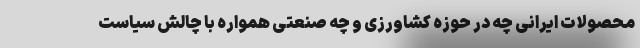
محصولات ایرانی چه در حوزه کشاورزی و چه صنعتی همواره با چالش سیاست